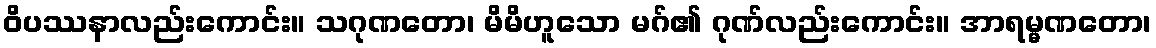
ဝိပဿနာလည်းကောင်း။ သဂုဏတော၊ မိမိဟူသော မဂ်၏ ဂုဏ်လည်းကောင်း။ အာရမ္မဏတော၊